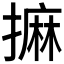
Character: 𢳀